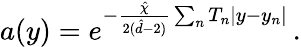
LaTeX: a(y)=e^{-\frac{\hat{\chi}}{2(\hat{d}-2)}\sum_{n}T_{n}|y-y_{n}|}\, .